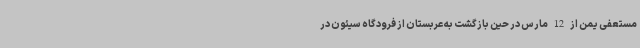
مستعفی یمن از 12 مارس در حین بازگشت به عربستان از فرودگاه سیئون در